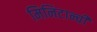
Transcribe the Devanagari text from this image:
मिनिटान्ची